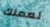
لعملك